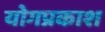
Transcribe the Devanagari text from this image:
योगप्रकाश